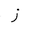
Letter: _zay